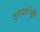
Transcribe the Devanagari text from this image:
उपचारांमुळे